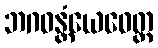
ဘဂဝန္တံယေဝေတ္ထ